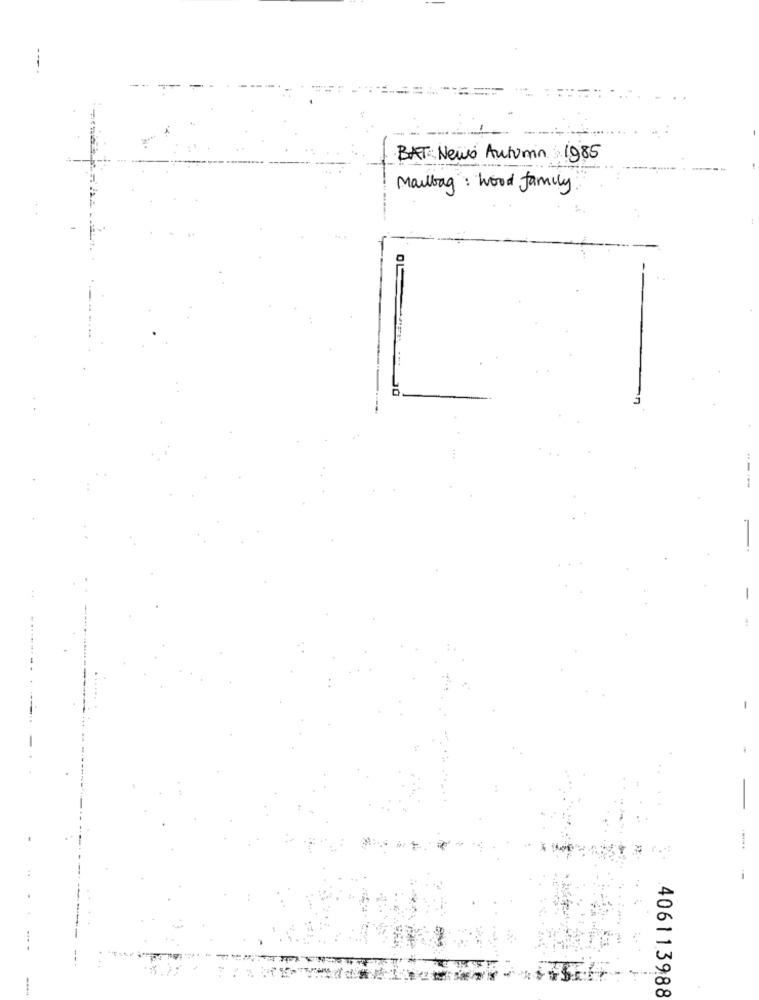
BAT: News Autumn 1985
Mailbag : Wood family
-
406113988